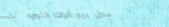
محل بيع أدوات النجارة   ت